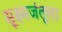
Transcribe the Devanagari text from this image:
सूक्ष्मजंतूला